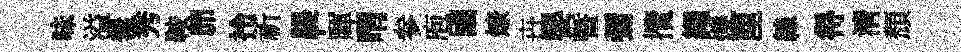
味溢爨秀鞍𦊑拎祈鞮暉喟参庖國燎卋嬰曁彌攬繩爍厘線得清頹